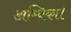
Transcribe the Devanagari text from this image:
अम्बिका।